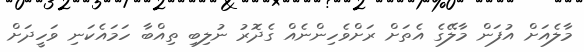
މާލެއަށް އުފަން މާލޭގެ އެތަށް ރަށްވެހިންނެއް ގެދޮރު ނުލިބި ތިއްބާ ހަމައެކަނި ވަހީދަށް